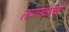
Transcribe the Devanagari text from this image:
तणावांची